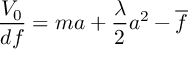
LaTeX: \frac { V _ { 0 } } { d f } = m a + \frac { \lambda } { 2 } a ^ { 2 } - \overline { { { f } } }